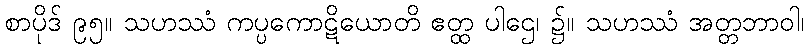
စာပိုဒ် ၉၅။ သဟဿံ ကပ္ပကောဋိယောတိ ဧတ္ထ ပါဌေ၊ ၌။ သဟဿံ အတ္တဘာဝါ၊